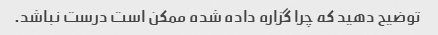
توضیح دهید که چرا گزاره داده شده ممکن است درست نباشد.